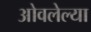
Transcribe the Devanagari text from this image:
ओवलेल्या